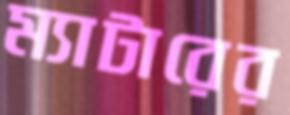
ম্যাটারের